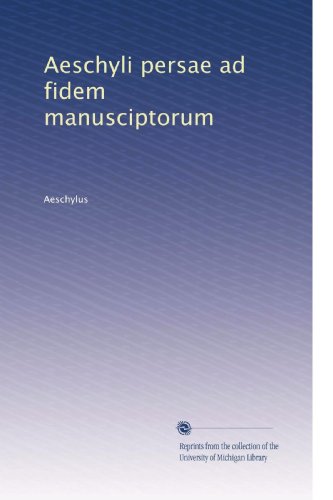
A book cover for Aeschyli persae ad fidem manusciptorum; Aeschylus; Literature & Fiction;